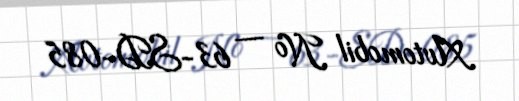
Avtomobil № — 63-SD-085